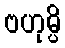
ဗဟုမ္ပိ